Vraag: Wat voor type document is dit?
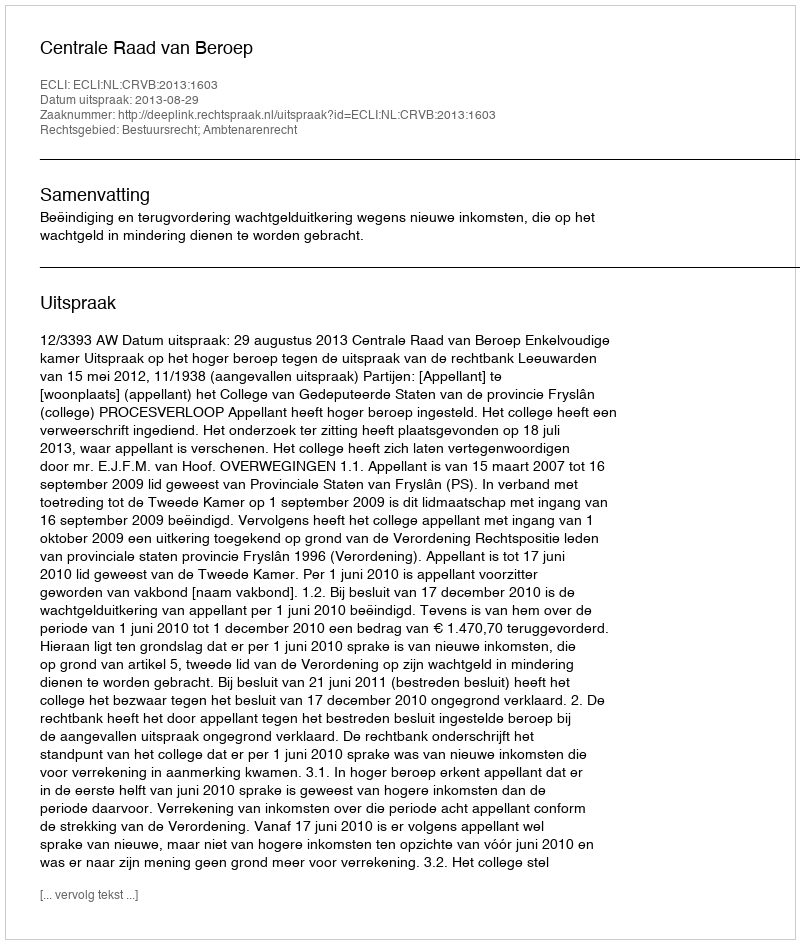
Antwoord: Uitspraak